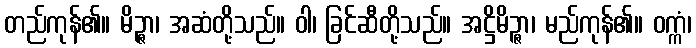
တည်ကုန်၏။ မိဉ္ဇာ၊ အဆံတို့သည်။ ဝါ၊ ခြင်ဆီတို့သည်။ အဋ္ဌိမိဉ္ဇာ၊ မည်ကုန်၏။ ဝက္ကံ၊